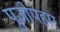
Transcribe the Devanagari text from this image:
पूजोपहार